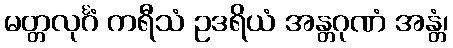
မတ္တလုင်္ဂံ ကရီသံ ဥဒရိယံ အန္တဂုဏံ အန္တံ၊